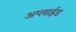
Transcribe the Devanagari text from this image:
अप्‍लाईड